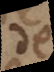
de